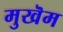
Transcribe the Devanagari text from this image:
मुखॆम